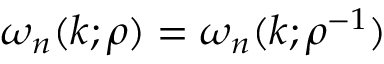
\omega _ { n } ( k ; \rho ) = \omega _ { n } ( k ; \rho ^ { - 1 } )